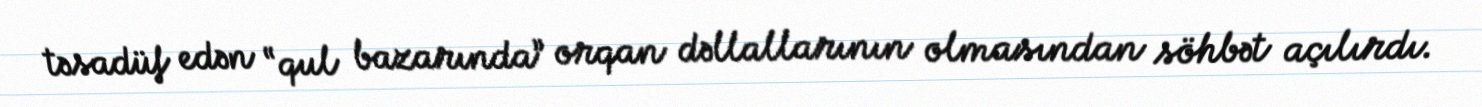
təsadüf edən “qul bazarında” orqan dəllallarının olmasından söhbət açılırdı.